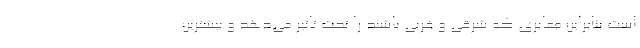
است بنابراین معابری که شرقی و غربی باشند را تحت تاثیر می‌دهد و بیشترین